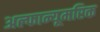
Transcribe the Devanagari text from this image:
अल्फान्यूमरिक